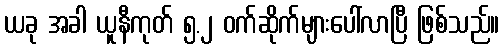
ယခု အခါ ယူနီကုတ် ၅.၂ ဝက်ဆိုက်များပေါ်လာပြီ ဖြစ်သည်။